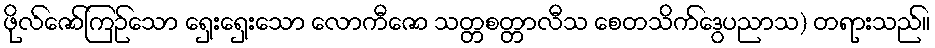
ဖိုလ်ဇော်ကြဉ်သော ရှေးရှေးသော လောကီဇော သတ္တစတ္တာလီသ စေတသိက်ဒွေပညာသ) တရားသည်။